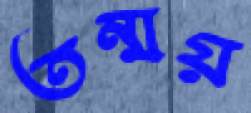
তন্ময়